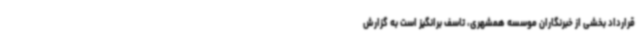
قرارداد بخشی از خبرنگاران موسسه همشهری، تاسف برانگیز است به گزارش